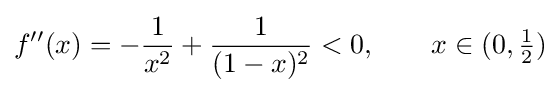
f''(x)=-{\frac {1}{x^{2}}}+{\frac {1}{(1-x)^{2}}}<0,\qquad x\in (0,{\tfrac {1}{2}})